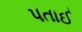
પતાઈ